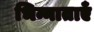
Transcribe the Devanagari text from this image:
भिन्नाताएँ